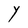
Character: Y